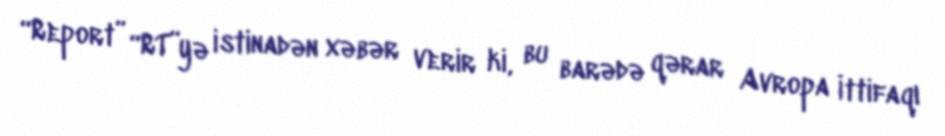
“Report” “RT”yə istinadən xəbər verir ki, bu barədə qərar Avropa İttifaqı